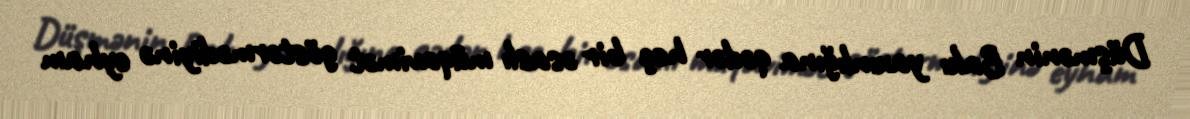
Düşmənin Bakı yaxınlığına qədər heç bir əsaslı müqavimət göstərmədiyinə eyham